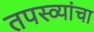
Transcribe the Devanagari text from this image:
तपस्व्यांचा